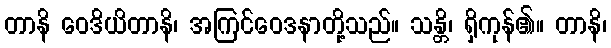
တာနိ ဝေဒိယိတာနိ၊ အကြင်ဝေဒနာတို့သည်။ သန္တိ၊ ရှိကုန်၏။ တာနိ၊